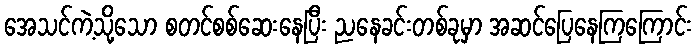
အေသင်ကဲ့သို့သော စတင်စစ်ဆေးနေပြီး ညနေခင်းတစ်ခုမှာ အဆင်ပြေနေကြကြောင်း